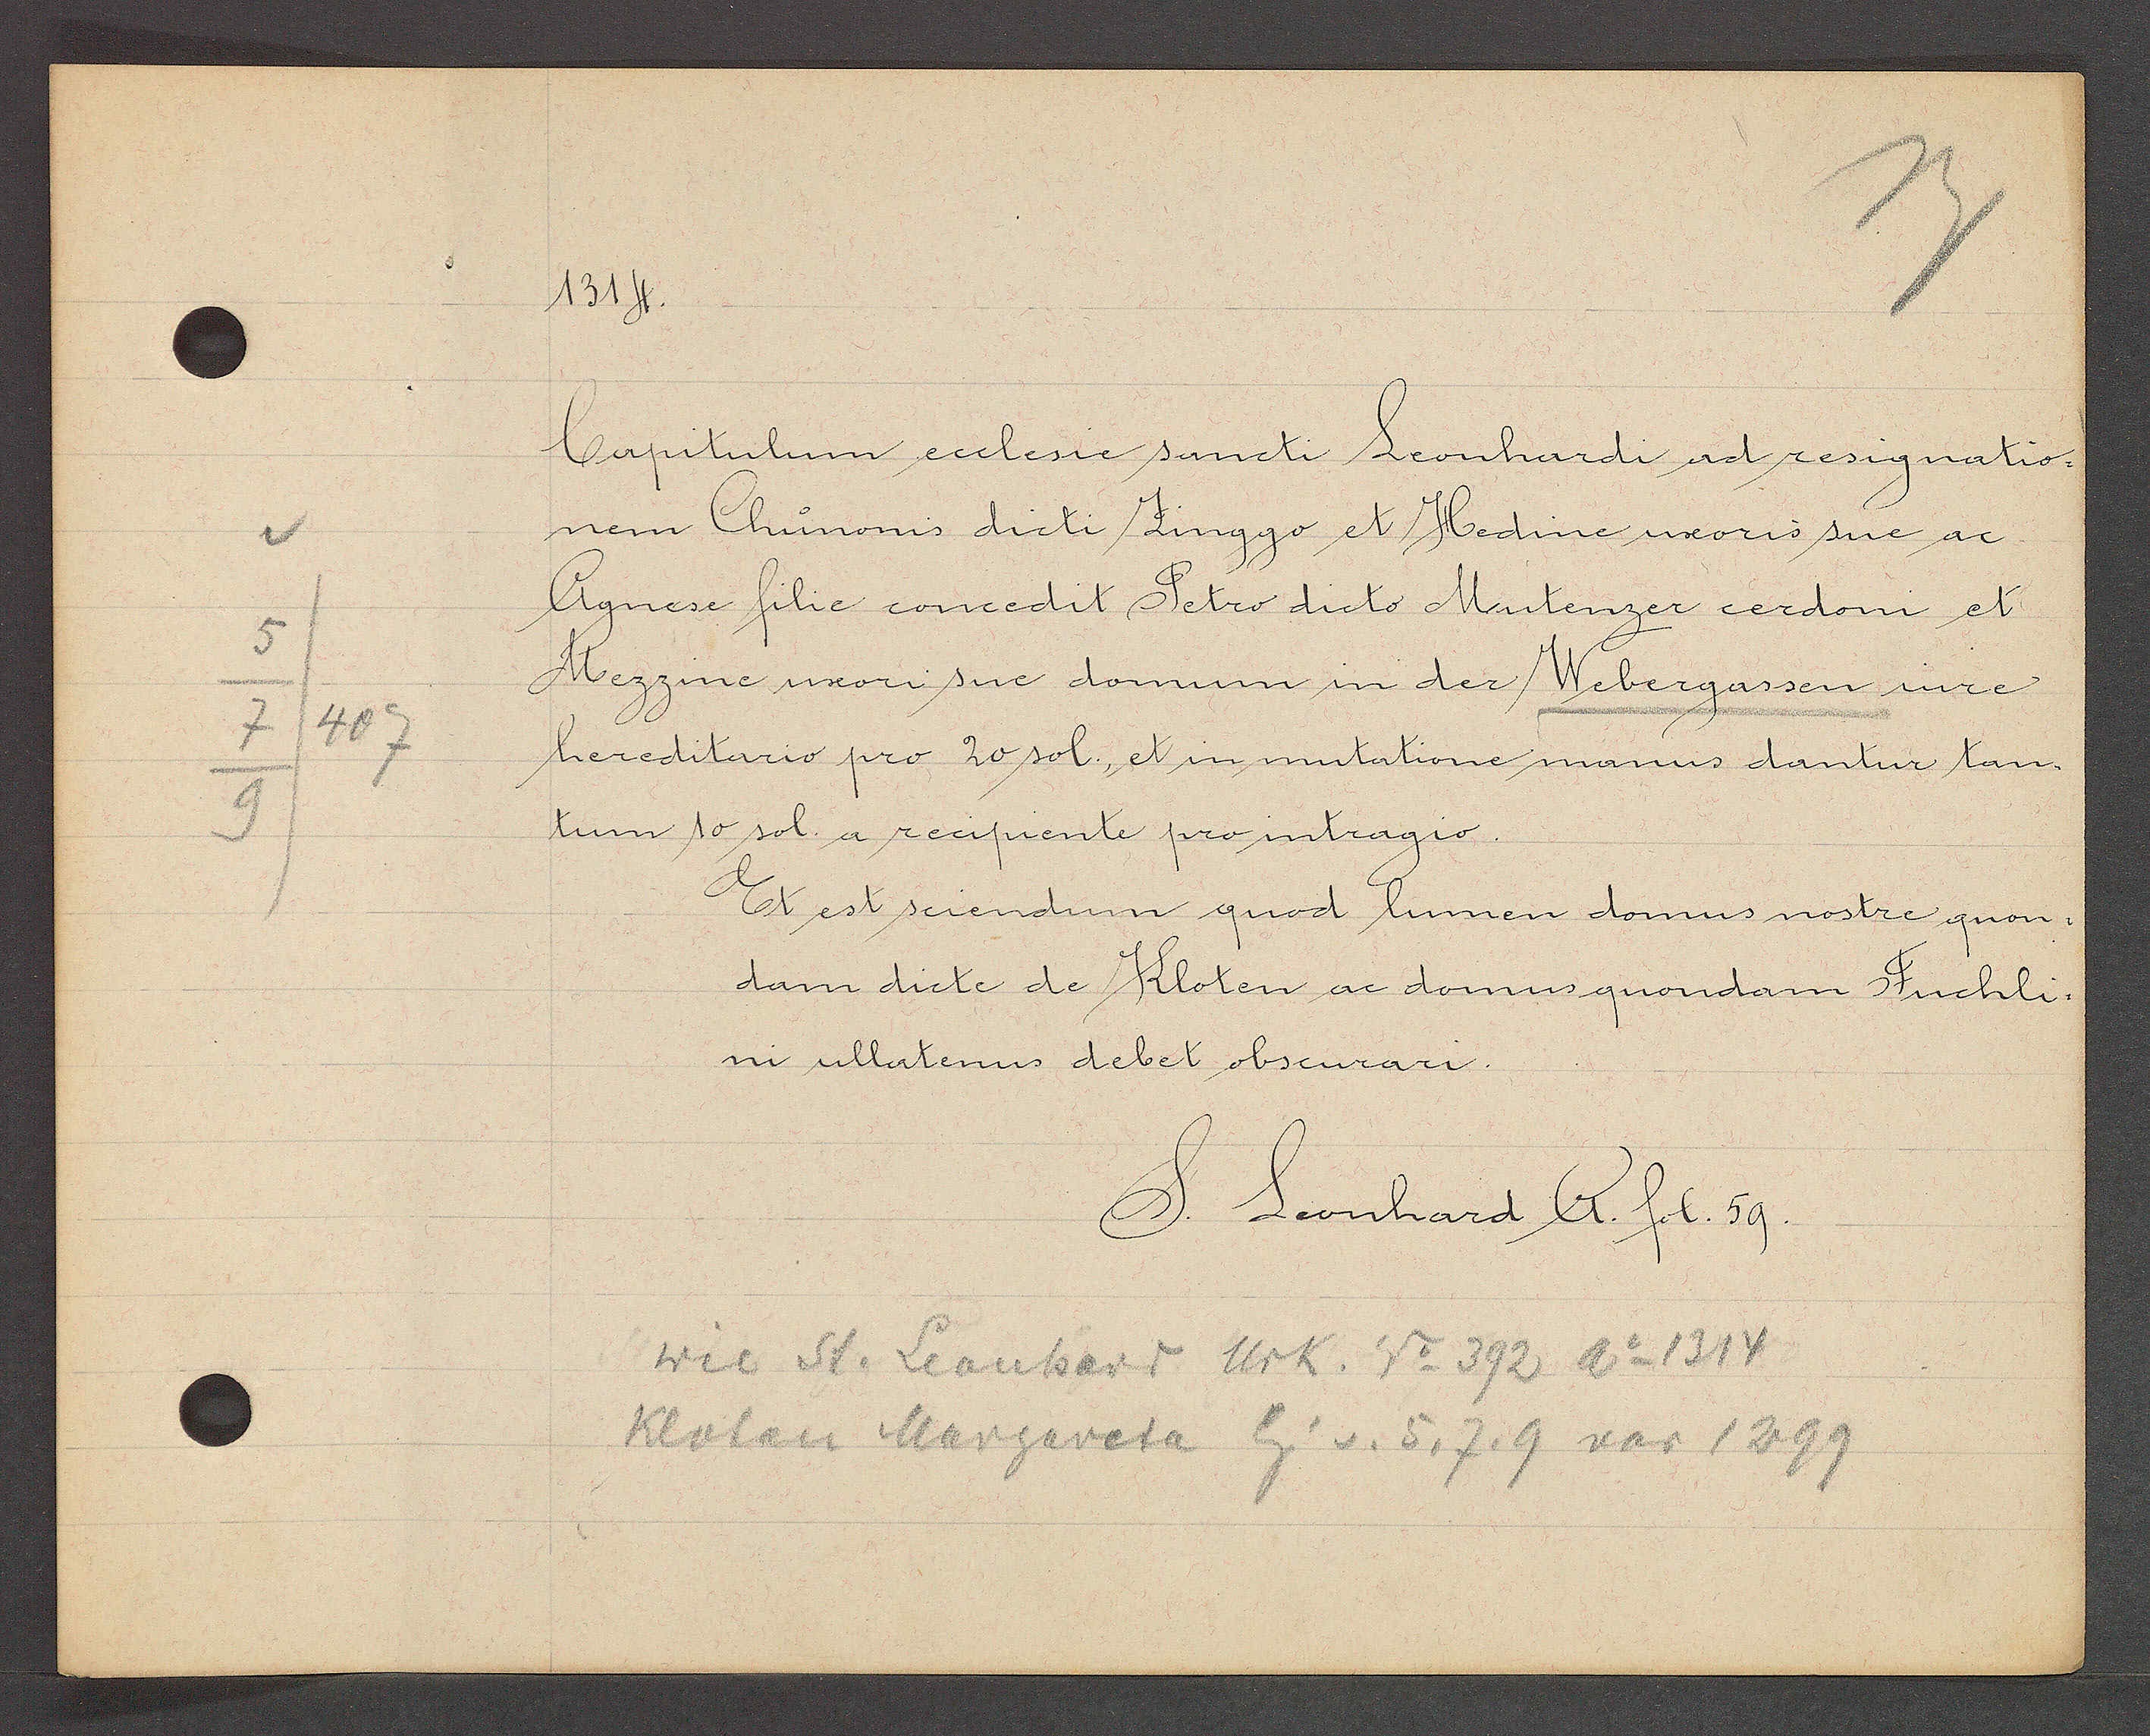
Transcript:
5
7
9

407

1314.
Capitulum eeclesie sancti Leonhardi ad resignatio-
nem Chunonis dicti Zinggo et Hedine uxoris sue ac
Agnese filie concedit Petro dicto Mutenzer cerdoni et
Mezzine uxori sue domum in der Webergassen iure
hereditario pro 20 sol., et in mutatione manus dantur tan-
tum 10 sol. a recipiente pro intragio.
Et est sciendum quod lumen domus nostre quon-
dam dicte de Kloten et domus quondam Fuchli-
ni ullatenus debet obscurari.
S. Leonhard A fol. 59.
wie St. Leonharr Urk. No 392 Ao 1314
Kloten Margareta Eig. v. 5,7,9 vor 1299